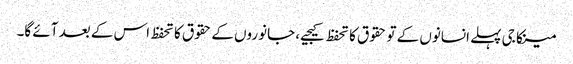
مینکا جی پہلے انسانوں کے تو حقوق کا تحفظ کیجیے، جانوروں کے حقوق کا تحفظ اس کے بعد آئے گا۔